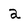
Character: a